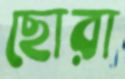
ছোরা